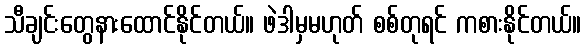
သီချင်းတွေနားထောင်နိုင်တယ်။ ဖဲဒါမှမဟုတ် စစ်တုရင် ကစားနိုင်တယ်။